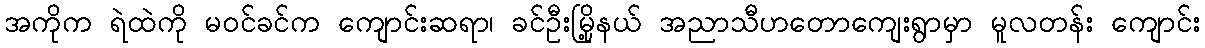
အကိုက ရဲထဲကို မဝင်ခင်က ကျောင်းဆရာ၊ ခင်ဦးမြို့နယ် အညာသီဟတောကျေးရွာမှာ မူလတန်း ကျောင်း